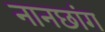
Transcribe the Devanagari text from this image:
नानछांग